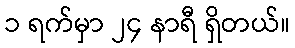
၁ ရက်မှာ ၂၄ နာရီ ရှိတယ်။